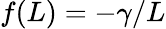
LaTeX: f(L)=-\gamma/L